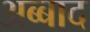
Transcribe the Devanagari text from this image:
अब्बाद